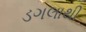
ડગલાથી